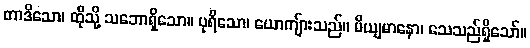
တာဒိသော၊ ထိုသို့ သဘောရှိသော။ ပုရိသော၊ ယောကျ်ားသည်။ မိယျမာနော၊ သေသည်ရှိသော်။